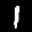
Label: 1